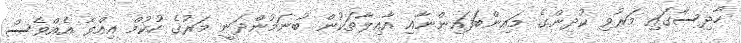
ހާދިސާގައި މަރުވި ކުދިންގެ މައިންބަފައިންނާއި އާއިލާތަކުން ބުނަމުންދަނީ މަރުގެ ހުކުމް އިއްވާ އެއްވެސް